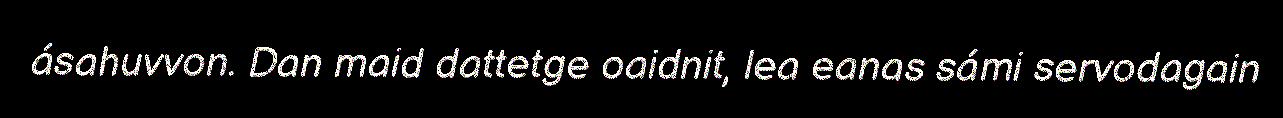
ásahuvvon. Dan maid dattetge oaidnit, lea eanas sámi servodagain